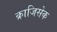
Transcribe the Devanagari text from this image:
क्राजिसेक